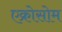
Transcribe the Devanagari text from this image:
एक्रोसोम